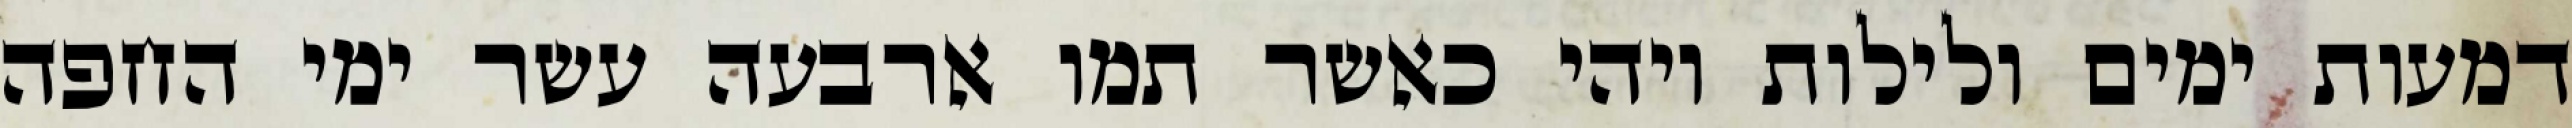
דמעות ימים ולילות ויהי כאשר תמו ארבעה עשר ימי החפה